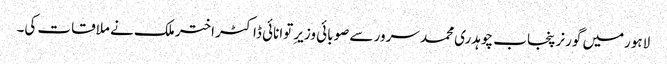
لاہورمیں گورنر پنجاب چوہدری محمد سرور سے صوبائی وزیرِ توانائی ڈاکٹر اختر ملک نے ملاقات کی۔